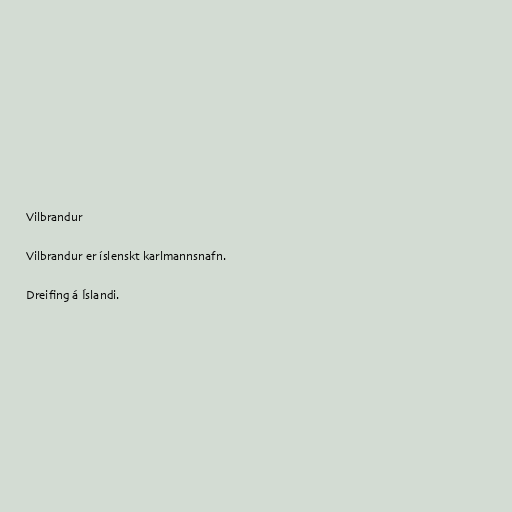
Vilbrandur

Vilbrandur er íslenskt karlmannsnafn.

Dreifing á Íslandi.